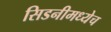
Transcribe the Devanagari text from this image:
सिडनीमध्येच